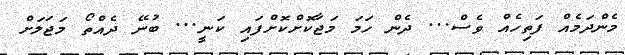
މެންދަމެއް ފަތިހެއް ވެސް... ދެން ހަމަ މަޖާކޮށްކޮށްފައި ކަނީ... ބުނޭ ދެއްތޯ މަޖަލަށް